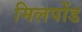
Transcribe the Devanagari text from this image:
मिलपोंड